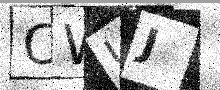
Text: CWUJ